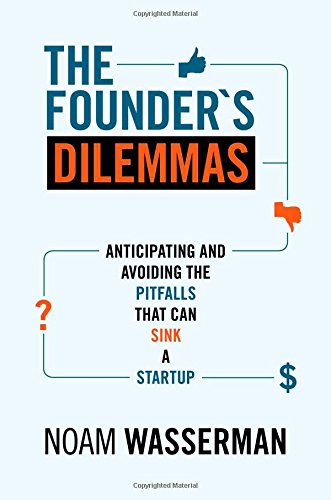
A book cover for The Founder's Dilemmas: Anticipating and Avoiding the Pitfalls That Can Sink a Startup (The Kauffman Foundation Series on Innovation and Entrepreneurship); Noam Wasserman; Business & Money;